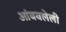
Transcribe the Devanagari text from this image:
आंबवलेली